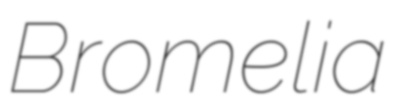
Bromelia